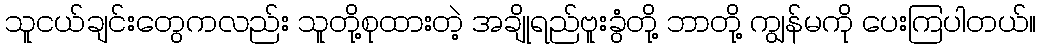
သူငယ်ချင်းတွေကလည်း သူတို့စုထားတဲ့ အချိုရည်ဗူးခွံတို့ ဘာတို့ ကျွန်မကို ပေးကြပါတယ်။